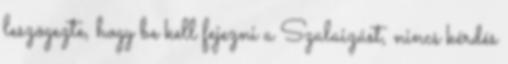
leszögezte, hogy be kell fejezni a Szalaizást, nincs kérdés